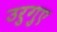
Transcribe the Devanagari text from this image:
उरुगुए